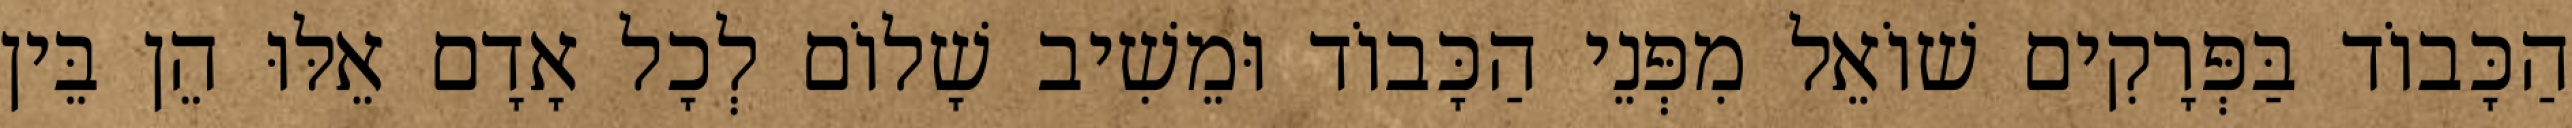
הַכָּבוֹד בַּפְּרָקִים שׁוֹאֵל מִפְּנֵי הַכָּבוֹד וּמֵשִׁיב שָׁלוֹם לְכָל אָדָם אֵלּוּ הֵן בֵּין